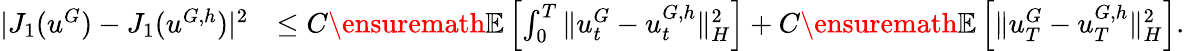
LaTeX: \begin{array}{rl}{|J_{1}(u^{G})-J_{1}(u^{{G},h})|^{2}}&{\leq C\ensuremath{{\mathbb E}}\left[\int_{0}^{T}\| u_{t}^{{G}}-u_{t}^{{G},h}\| _{H}^{2}\right]+C\ensuremath{{\mathbb E}}\left[\| u_{T}^{{G}}-u_{T}^{{G},h}\| _{H}^{2}\right].}\end{array}